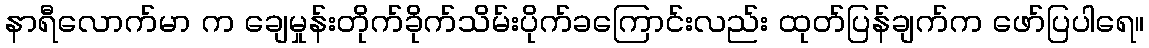
နာရီလောက်မာ က ချေမှုန်းတိုက်ခိုက်သိမ်းပိုက်ခကြောင်းလည်း ထုတ်ပြန်ချက်က ဖော်ပြပါရေ။